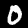
Label: 0